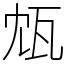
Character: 瓭